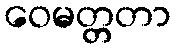
ဝေမတ္တတာ